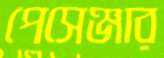
পেসেঞ্জার